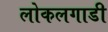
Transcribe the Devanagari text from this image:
लोकलगाडी